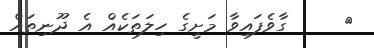
٤     ގާވެފައިވާ މަށީގެ ހިލަތަކެއް އެ ދޫނިތައް